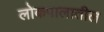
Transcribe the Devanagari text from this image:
लोकपालातील